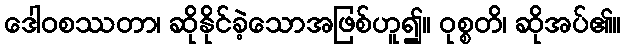
ဒေါဝစဿတာ၊ ဆိုနိုင်ခဲ့သောအဖြစ်ဟူ၍။ ဝုစ္စတိ၊ ဆိုအပ်၏။